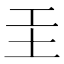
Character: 𡉐